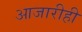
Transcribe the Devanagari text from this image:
आजारीही